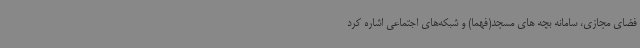
فضای مجازی، سامانه بچه های مسجد(فهما) و شبکه‌های اجتماعی اشاره کرد